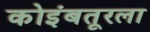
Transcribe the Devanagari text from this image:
कोइंबतूरला